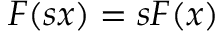
F ( s x ) = s F ( x )